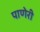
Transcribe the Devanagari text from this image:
पाणेरी